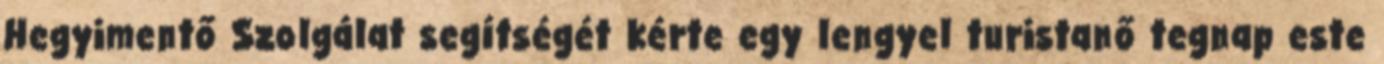
Hegyimentő Szolgálat segítségét kérte egy lengyel turistanő tegnap este